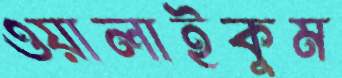
ওয়ালাইকুম